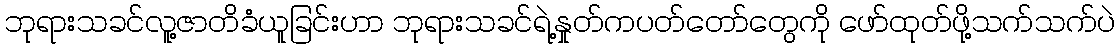
ဘုရားသခင်လူ့ဇာတိခံယူခြင်းဟာ ဘုရားသခင်ရဲ့နှုတ်ကပတ်တော်တွေကို ဖော်ထုတ်ဖို့သက်သက်ပဲ